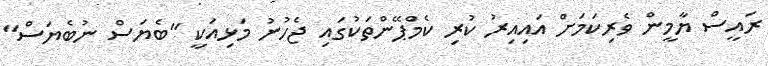
ރައީސް ޔާމީން ވެރިކަމަށް އައިއިރު ކުރި ކެމްޕޭންތަކުގައި ޖެހުނު މަޅިއަކީ "ބެޔަސް ނުބެޔަސް"